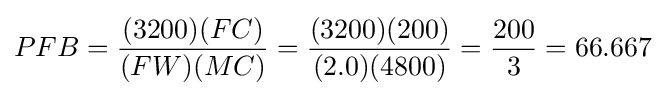
PFB={\frac {(3200)(FC)}{(FW)(MC)}}={\frac {(3200)(200)}{(2.0)(4800)}}={\frac {200}{3}}=66.667